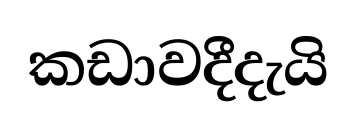
කඩාවදීදැයි